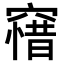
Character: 𥧶